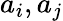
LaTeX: a_{i},a_{j}